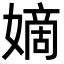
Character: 嫡